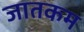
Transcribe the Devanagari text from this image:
जातकम